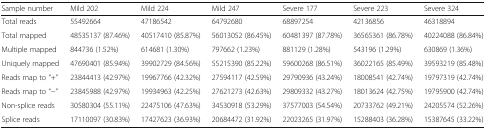
<table><thead><tr><td><b>Sample number</b></td><td><b>Mild 202</b></td><td><b>Mild 224</b></td><td><b>Mild 247</b></td><td><b>Severe 177</b></td><td><b>Severe 223</b></td><td><b>Severe 324</b></td></tr></thead><tbody><tr><td>Total reads</td><td>55492664</td><td>47186542</td><td>64792680</td><td>68897254</td><td>42136856</td><td>46318894</td></tr><tr><td>Total mapped</td><td>48535137 (87.46%)</td><td>40517410 (85.87%)</td><td>56013052 (86.45%)</td><td>60481397 (87.78%)</td><td>36565361 (86.78%)</td><td>40224088 (86.84%)</td></tr><tr><td>Multiple mapped</td><td>844736 (1.52%)</td><td>614681 (1.30%)</td><td>797662 (1.23%)</td><td>881129 (1.28%)</td><td>543196 (1.29%)</td><td>630869 (1.36%)</td></tr><tr><td>Uniquely mapped</td><td>47690401 (85.94%)</td><td>39902729 (84.56%)</td><td>55215390 (85.22%)</td><td>59600268 (86.51%)</td><td>36022165 (85.49%)</td><td>39593219 (85.48%)</td></tr><tr><td>Reads map to “+”</td><td>23844413 (42.97%)</td><td>19967766 (42.32%)</td><td>27594117 (42.59%)</td><td>29790936 (43.24%)</td><td>18008541 (42.74%)</td><td>19797319 (42.74%)</td></tr><tr><td>Reads map to “−”</td><td>23845988 (42.97%)</td><td>19934963 (42.25%)</td><td>27621273 (42.63%)</td><td>29809332 (43.27%)</td><td>18013624 (42.75%)</td><td>19795900 (42.74%)</td></tr><tr><td>Non-splice reads</td><td>30580304 (55.11%)</td><td>22475106 (47.63%)</td><td>34530918 (53.29%)</td><td>37577003 (54.54%)</td><td>20733762 (49.21%)</td><td>24205574 (52.26%)</td></tr><tr><td>Splice reads</td><td>17110097 (30.83%)</td><td>17427623 (36.93%)</td><td>20684472 (31.92%)</td><td>22023265 (31.97%)</td><td>15288403 (36.28%)</td><td>15387645 (33.22%)</td></tr></tbody></table>